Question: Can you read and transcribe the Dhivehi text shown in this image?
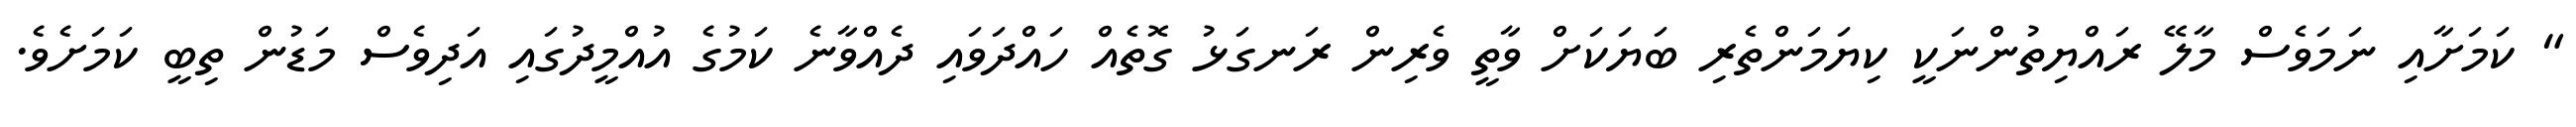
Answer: " ކަމަށާއި ނަމަވެސް މާލޭ ރައްޔިތުންނަކީ ކިޔަމަންތެރި ބަޔަކަށް ވާތީ ވެރިން ރަނގަޅު ގޮތެއް ހައްދަވައި ދެއްވާނެ ކަމުގެ އުއްމީދުގައި އަދިވެސް މަޑުން ތިބީ ކަމަށެވެ.